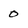
Character: 0